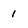
Character: 1